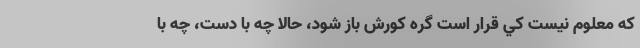
كه معلوم نيست كي قرار است گره كورش باز شود، حالا چه با دست، چه با